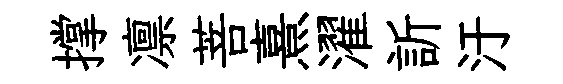
撑凛菩熹濯訢汙